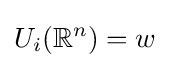
U_{i}(\mathbb {R} ^{n})=w